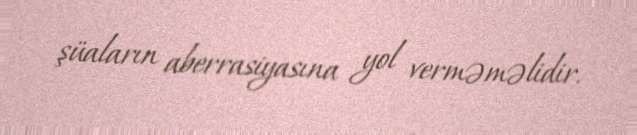
şüaların aberrasiyasına yol verməməlidir.